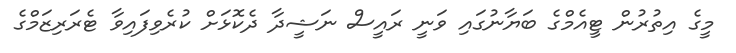
މީގެ އިތުރުން ޓީއެމްގެ ބަޔާނުގައި ވަނީ ރައީސް ނަޝީދާ ދެކޮޅަށް ކުރެވިފައިވާ ޓެރަރިޒަމްގެ